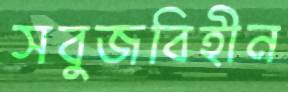
সবুজবিহীন